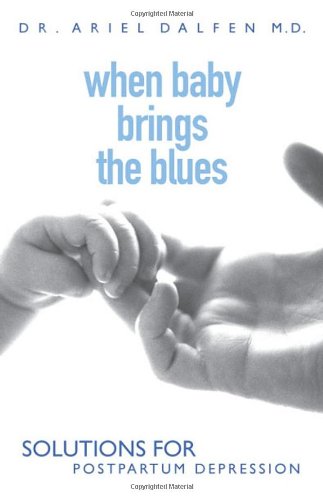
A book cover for When Baby Brings the Blues: Solutions for Postpartum Depression; Ariel Dalfen; Health, Fitness & Dieting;